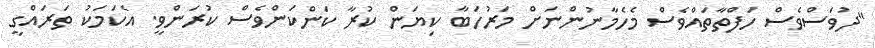
"ދުވަސްވެސް ހަފްތާތައްވެސް މެހެމާނުންނަށް މަރުހަބާ ކިޔަން ކުރާ ކަންކަންވެސް ކުރަންވީ. އެކަމަކު ތަރައްގީ